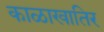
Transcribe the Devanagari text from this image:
काळाखातिर